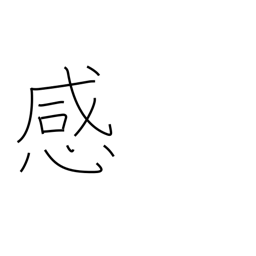
Meaning: feeling